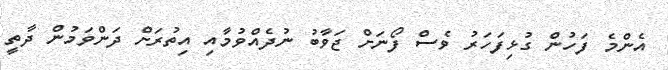
އެންމެ ފަހުން ގުޅިފަހަރު ވެސް ފޯނަށް ޖަވާބު ނުދެއްވުމާއި އިތުރަށް ދަންވަމުން ދާތީ